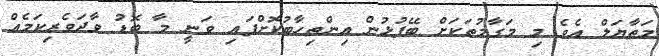
މަތާޔަލް އެވެ މި މަގާމުތަކަށް ބޭފުޅުން އިންތިހާބުކޮށްފައި ވަނީ މާ ބޮޑު ވާދަވެރިކަމެއް